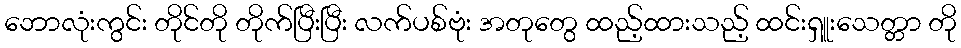
ဘောလုံးကွင်း တိုင်တို တိုက်ပြီးပြီး လက်ပစ်ဗုံး အတုတွေ ထည့်ထားသည့် ထင်းရှူးသေတ္တာ တို